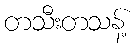
တသီးတသန့်